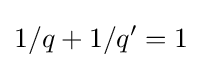
1/q+1/q'=1